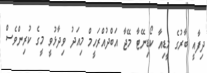
ދިފާއީ ބާރުގެ މީޑިއާ ކޯޑިނޭޓާ މޭޖާ އަބްދުއްރަހީމް މިއަދު ވިދާޅުވީ މީގެ ކުރިންވެސް